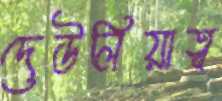
দেউলিয়াত্ব